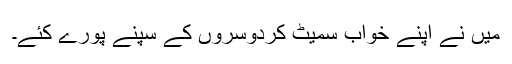
میں نے اپنے خواب سمیٹ کردوسروں کے سپنے پورے کئے۔